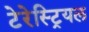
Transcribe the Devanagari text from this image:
टेरेस्‍ट्रियल